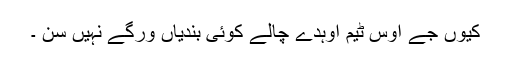
کیوں جے اوس ٹیم اوہدے چالے کوئی بندیاں ورگے نہیں سن ۔